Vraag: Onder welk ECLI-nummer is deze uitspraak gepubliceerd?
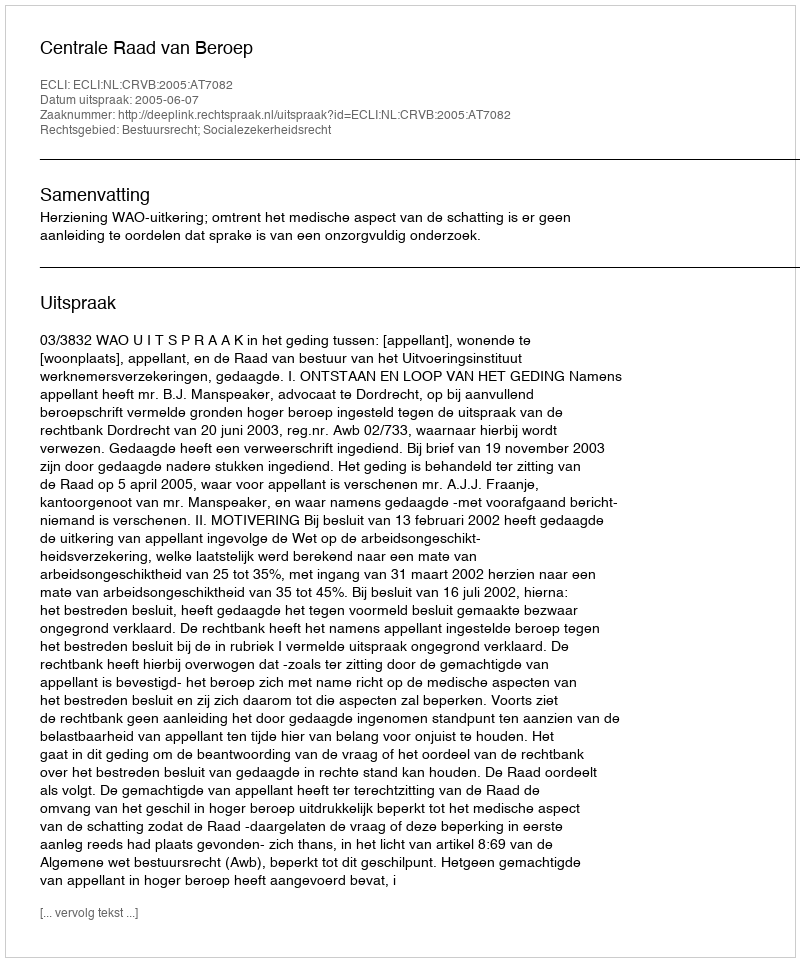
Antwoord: ECLI:NL:CRVB:2005:AT7082